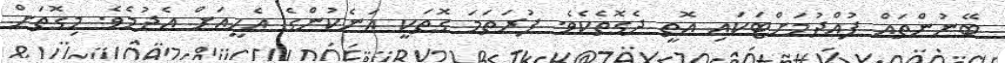
ބޭނުންތައް ފުއްދުމަށްޓަކައި އޮތީ ދެގޮތެކެވެ. ފުރަތަމަ ގޮތަކީ އަނެކުންގެ އެހީއަށް އެދުމެވެ. މިގޮތަށް